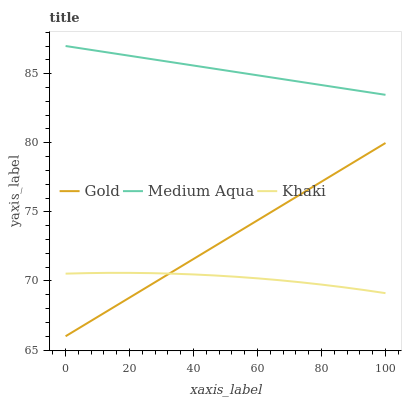
| xaxis_label | Gold | Medium Aqua | Khaki |
 | --- | --- | --- | --- |
 | 0 | 66 | 87 | 70.5 |
 | 6.67 | 66.9 | 86.8 | 70.6 |
 | 13.3 | 67.9 | 86.5 | 70.6 |
 | 20 | 68.8 | 86.3 | 70.6 |
 | 26.7 | 69.7 | 86.1 | 70.6 |
 | 33.3 | 70.7 | 85.8 | 70.5 |
 | 40 | 71.6 | 85.6 | 70.5 |
 | 46.7 | 72.5 | 85.4 | 70.4 |
 | 53.3 | 73.5 | 85.1 | 70.3 |
 | 60 | 74.4 | 84.9 | 70.2 |
 | 66.7 | 75.3 | 84.6 | 70.1 |
 | 73.3 | 76.3 | 84.4 | 69.9 |
 | 80 | 77.2 | 84.2 | 69.7 |
 | 86.7 | 78.1 | 83.9 | 69.6 |
 | 93.3 | 79.1 | 83.7 | 69.3 |
 | 100 | 80 | 83.5 | 69.1 |